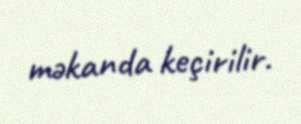
məkanda keçirilir.